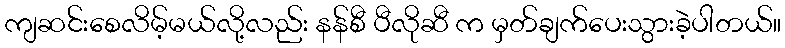
ကျဆင်းစေလိမ့်မယ်လို့လည်း နန်စီ ပီလိုဆီ က မှတ်ချက်ပေးသွားခဲ့ပါတယ်။